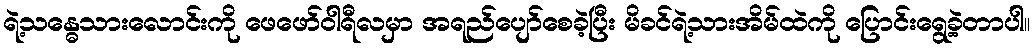
ရဲ့သန္ဓေသားလောင်းကို ဖေဖော်ဝါရီလမှာ အရည်ပျော်စေခဲ့ပြီး မိခင်ရဲ့သားအိမ်ထဲကို ပြောင်းရွေ့ခဲ့တာပါ။